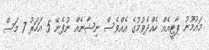
މައުމޫނު ޕާޓީއެއް ހެއްދެވުމުގެ އެއްވެސް ނިޝާނެއް ނުފެނޭ 5 އަހަރު 7 މަސް